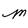
Character: M